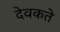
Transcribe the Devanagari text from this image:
देवकते